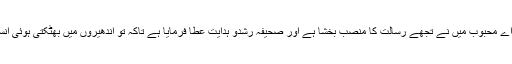
آخر میں یہ فرما کر بات ختم کر دی کہ اے محبوب میں نے تجھے رسالت کا منصب بخشا ہے اور صحیفہ رشدو ہدایت عطا فرمایا ہے تاکہ تو اندھیروں میں بھٹکتی ہوئی انسانیت کو شاہراہ ہدایت پر گامزن کر دے۔